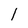
Character: l